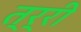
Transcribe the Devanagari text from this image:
त्र्री